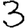
Digit: 3